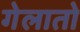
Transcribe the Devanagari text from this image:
गेलातो